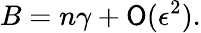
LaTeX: B=n\gamma+\mathsf{O}(\epsilon^{2}).